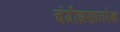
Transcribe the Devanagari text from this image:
चंगीझखानपेक्षा